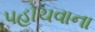
પહોચવાના